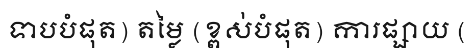
ទាបបំផុត) តម្លៃ (ខ្ពស់បំផុត) ការផ្សាយ (